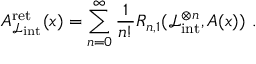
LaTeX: A _ { \mathcal { L } _ { \mathrm { i n t } } } ^ { \mathrm { r e t } } ( x ) = \sum _ { n = 0 } ^ { \infty } \frac { 1 } { n ! } R _ { n , 1 } ( \mathcal { L } _ { \mathrm { i n t } } ^ { \otimes n } , A ( x ) ) \ .